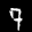
Label: 7